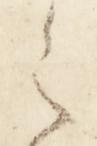
之